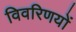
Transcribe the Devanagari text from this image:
विवरिणयों